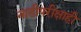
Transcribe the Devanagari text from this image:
नाडीपरीक्षाही